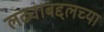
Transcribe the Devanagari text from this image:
लढ्याबद्दलच्या